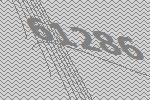
61286